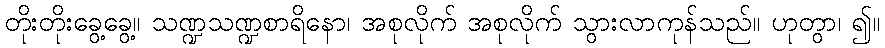
တိုးတိုးခွေ့ခွေ့။ သဏ္ဍသဏ္ဍစာရိနော၊ အစုလိုက် အစုလိုက် သွားလာကုန်သည်။ ဟုတွာ၊ ၍။